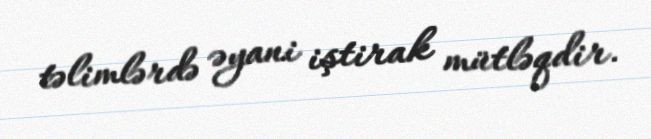
təlimlərdə əyani iştirak mütləqdir.